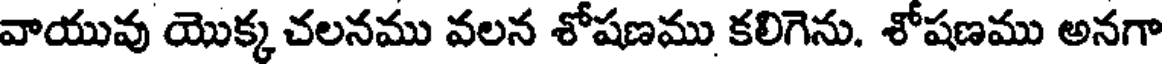
వాయువు యొక్క చలనము వలన శోషణము కలిగెను. శోషణము అనగా